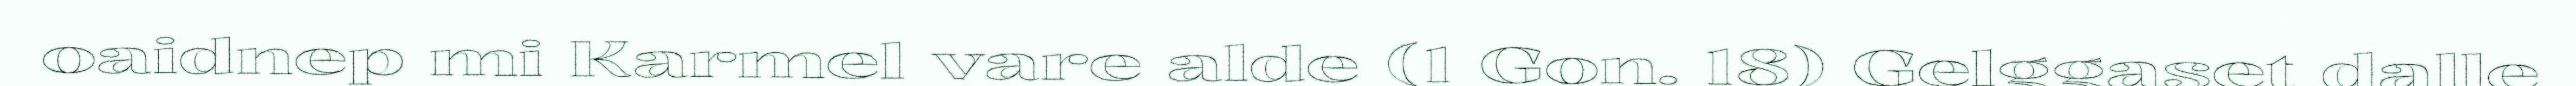
oaidnep mi Karmel vare alde (1 Gon. 18) Gelggaset dalle